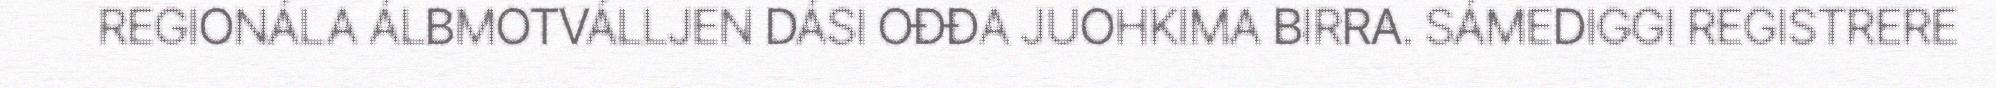
REGIONÁLA ÁLBMOTVÁLLJEN DÁSI OĐĐA JUOHKIMA BIRRA. SÁMEDIGGI REGISTRERE